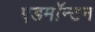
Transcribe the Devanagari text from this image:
एडमाॅन्टन